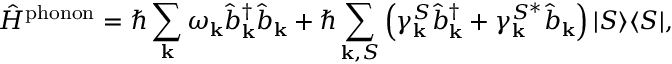
\hat { H } ^ { \mathrm { p h o n o n } } = \hbar \sum _ { \mathbf { k } } \omega _ { \mathbf { k } } \hat { b } _ { \mathbf { k } } ^ { \dagger } \hat { b } _ { \mathbf { k } } + \hbar \sum _ { { \mathbf { k } } , S } \left( \gamma _ { \mathbf { k } } ^ { S } \hat { b } _ { \mathbf { k } } ^ { \dagger } + \gamma _ { \mathbf { k } } ^ { S ^ { * } } \hat { b } _ { \mathbf { k } } \right) \vert S \rangle \langle S \vert ,